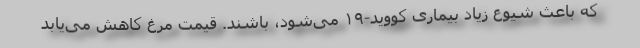
که باعث شیوع زیاد بیماری کووید-۱۹ می‌شود، باشند. قیمت مرغ کاهش می‌یابد